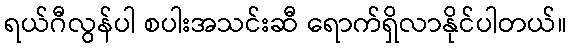
ရယ်ဂီလွန်ပါ စပါးအသင်းဆီ ရောက်ရှိလာနိုင်ပါတယ်။